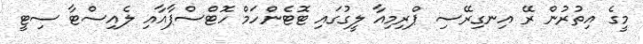
މީގެ އިތުރުން ރޭ އިނގިރޭސި ޕްރިމިއާ ލީގުގައި ޓޮޓެންހަމް ހޮޓްސްޕާއާއި ލެއިސްޓާ ސިޓީ